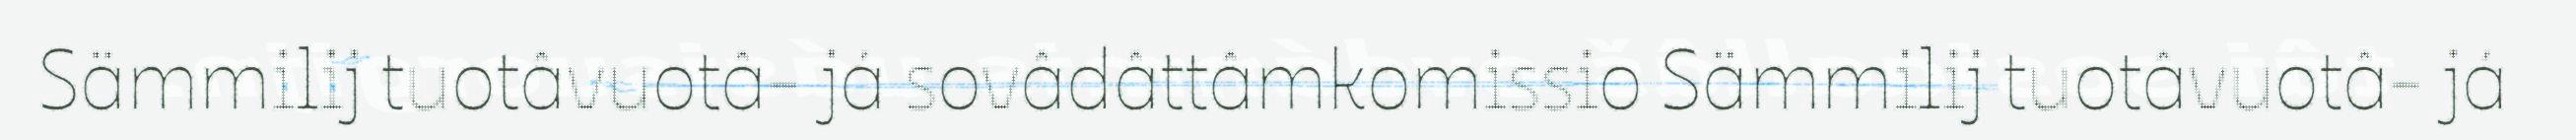
Sämmilij tuotâvuotâ- já sovâdâttâmkomissio Sämmilij tuotâvuotâ- já